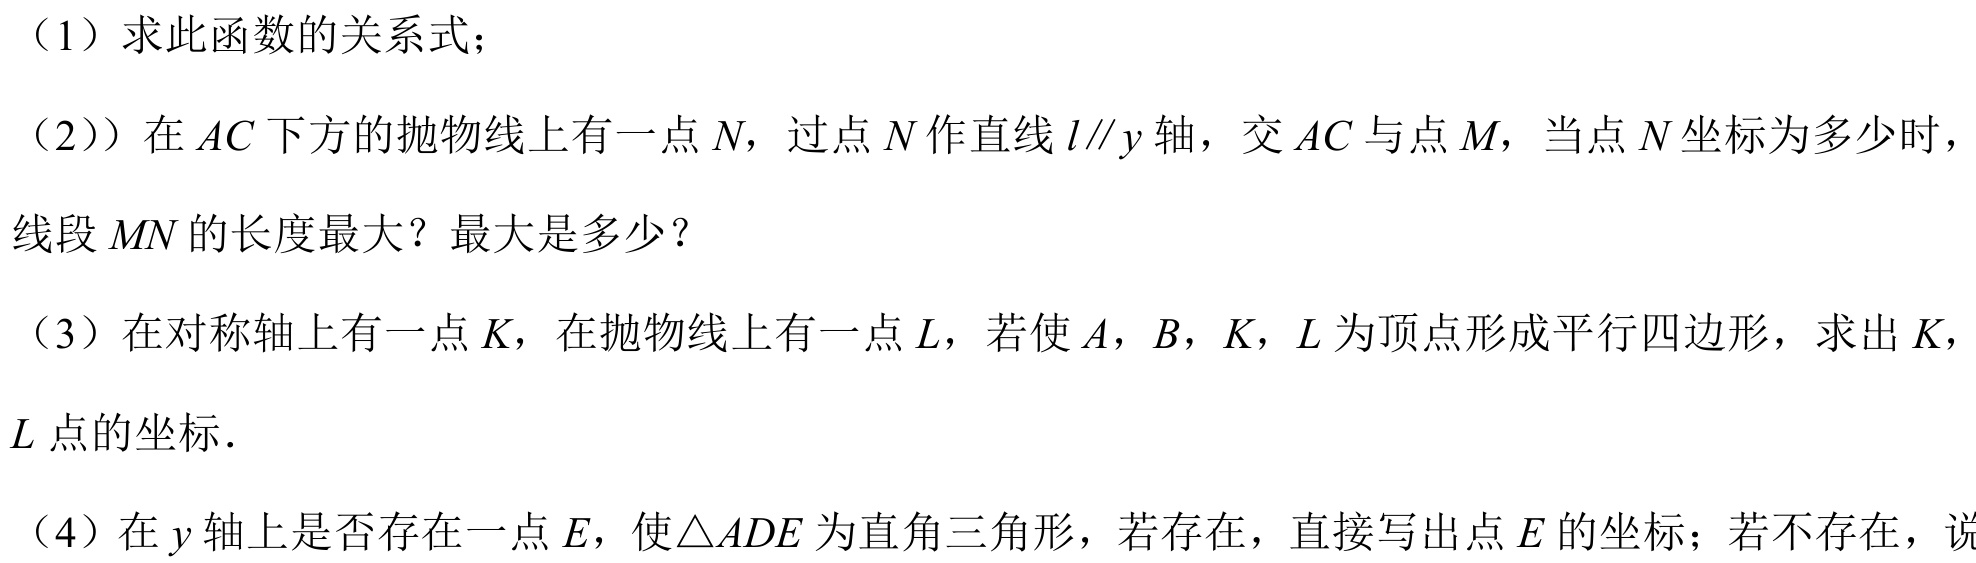
（1）求此函数的关系式；
（2）在\(AC\)下方的抛物线上有一点\(N\)，过点\(N\)作直线\(l\parallel y\)轴，交\(AC\)与点\(M\)，当点\(N\)坐标为多少时，线段\(MN\)的长度最大？最大是多少？
（3）在对称轴上有一点\(K\)，在抛物线上有一点\(L\)，若使\(A\)，\(B\)，\(K\)，\(L\)为顶点形成平行四边形，求出\(K\)，\(L\)点的坐标．
（4）在\(y\)轴上是否存在一点\(E\)，使\(\triangle ADE\)为直角三角形，若存在，直接写出点\(E\)的坐标；若不存在，说